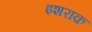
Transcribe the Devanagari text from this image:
इशराक़